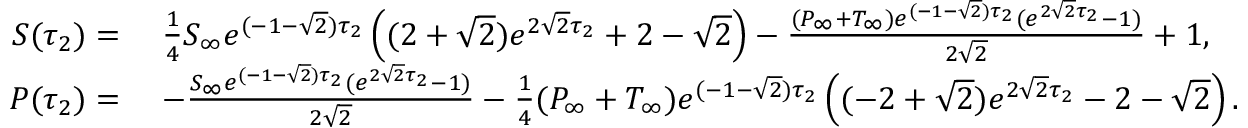
\begin{array} { r l } { S ( \tau _ { 2 } ) = } & { \; \frac { 1 } { 4 } S _ { \infty } e ^ { ( - 1 - \sqrt { 2 } ) \tau _ { 2 } } \left( ( 2 + \sqrt { 2 } ) e ^ { 2 \sqrt { 2 } \tau _ { 2 } } + 2 - \sqrt { 2 } \right) - \frac { ( P _ { \infty } + T _ { \infty } ) e ^ { ( - 1 - \sqrt { 2 } ) \tau _ { 2 } } ( e ^ { 2 \sqrt { 2 } \tau _ { 2 } } - 1 ) } { 2 \sqrt { 2 } } + 1 , } \\ { P ( \tau _ { 2 } ) = } & { \; - \frac { S _ { \infty } e ^ { ( - 1 - \sqrt { 2 } ) \tau _ { 2 } } ( e ^ { 2 \sqrt { 2 } \tau _ { 2 } } - 1 ) } { 2 \sqrt { 2 } } - \frac { 1 } { 4 } ( P _ { \infty } + T _ { \infty } ) e ^ { ( - 1 - \sqrt { 2 } ) \tau _ { 2 } } \left( ( - 2 + \sqrt { 2 } ) e ^ { 2 \sqrt { 2 } \tau _ { 2 } } - 2 - \sqrt { 2 } \right) . } \end{array}